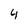
Character: 4